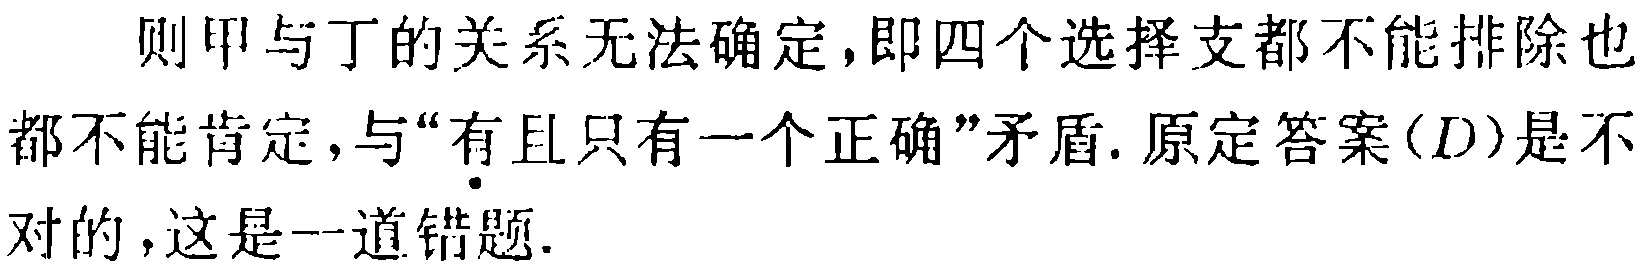
则甲与丁的关系无法确定,即四个选择支都不能排除也都不能肯定,与“有且只有一个正确”矛盾. 原定答案$(D)$是不对的,这是一道错题.